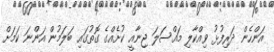
އަންހެން ދަރިފުޅު ވިއްކާލި މައްސަލަ ޖިނާއީ ކުށެއްގެ ގޮތުގައި ބަލަމުން އަންނަ ކަމަށް